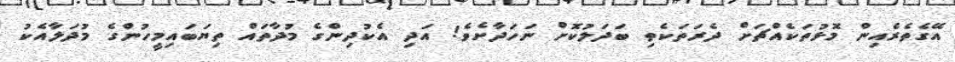
އޭގެތެރެއިން މޮޅުތަކެއްޗަށް ދެރަތަކެތި ބަދަލުކޮށް ނަހަދާށެވެ! އަދި އެކުދިންގެ މުދާތައް ތިޔަބައިމީހުންގެ މުދަލާއެކު